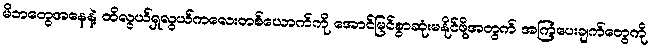
မိဘတွေအနေနဲ့ ထိလွယ်ရှလွယ်ကလေးတစ်ယောက်ကို အောင်မြင်စွာဆုံးမနိုင်ဖို့အတွက် အကြံပေးချက်တွေကို